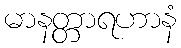
မာနတ္တာရဟာနံ